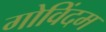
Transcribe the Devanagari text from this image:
गोविंदम